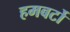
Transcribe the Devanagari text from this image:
हमबर्टो